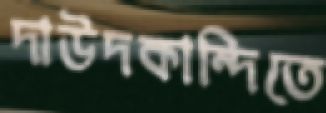
দাউদকান্দিতে